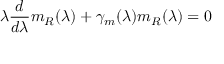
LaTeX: \lambda \frac d { d \lambda } m _ { R } ( \lambda ) + \gamma _ { m } ( \lambda ) m _ { R } ( \lambda ) = 0